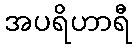
အပရိဟာရီ